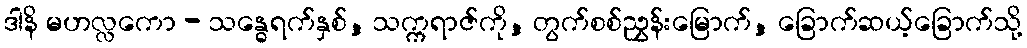
ဒါနိ မဟလ္လကော - သန္ဓေရက်နှစ်, သက္ကရာဇ်ကို, တွက်စစ်ညွှန်းမြောက်, ခြောက်ဆယ့်ခြောက်သို့